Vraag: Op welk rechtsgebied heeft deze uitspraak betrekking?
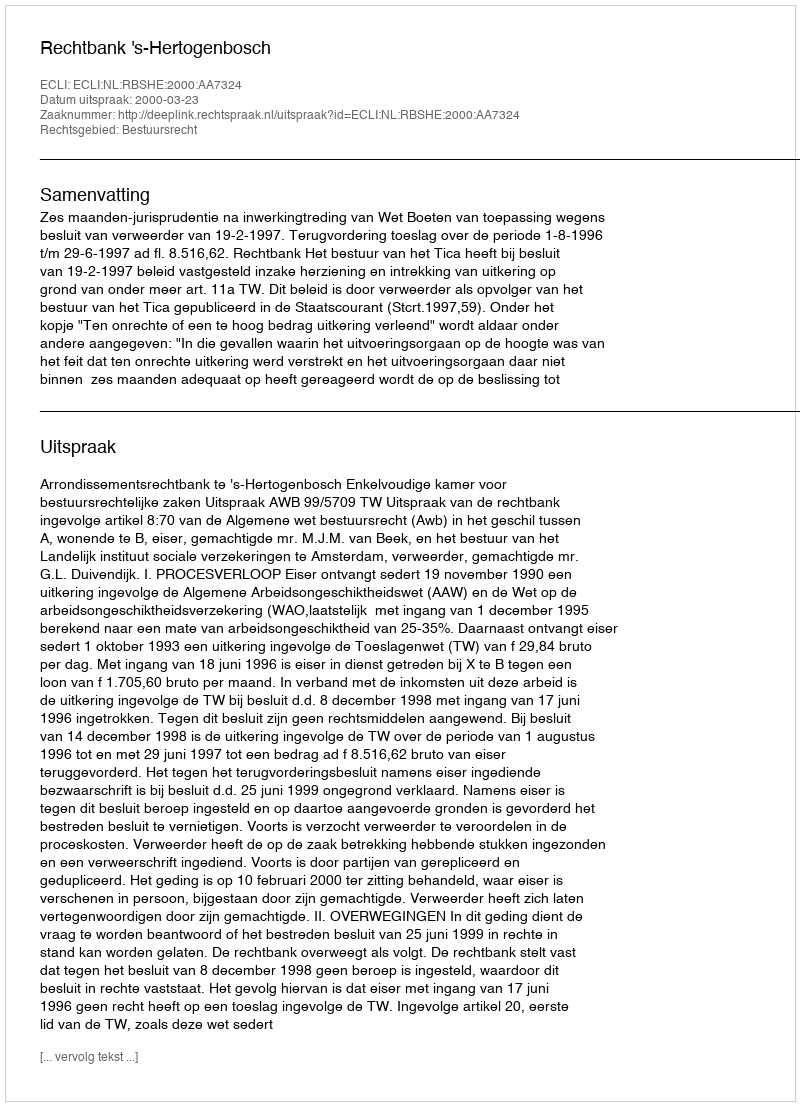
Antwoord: Bestuursrecht